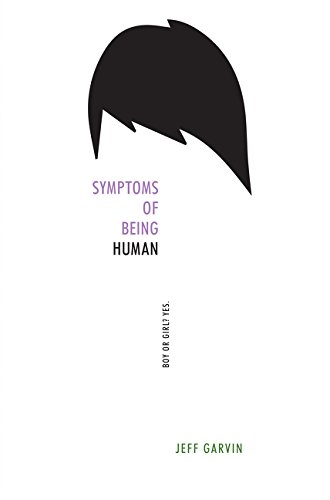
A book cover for Symptoms of Being Human; Jeff Garvin; Teen & Young Adult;